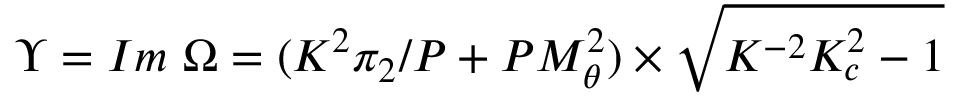
\Upsilon = I m ~ \Omega = ( K ^ { 2 } \pi _ { 2 } / P + P M _ { \theta } ^ { 2 } ) \times \sqrt { K ^ { - 2 } K _ { c } ^ { 2 } - 1 }